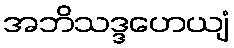
အဘိသဒ္ဒဟေယျံ